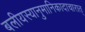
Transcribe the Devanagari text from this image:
बलीयस्यानुमानिकादाचारात्